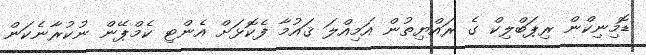
ޑޮމިނިކްން ރިޕަބްލިކް ގެ ރައްޔިތުން އަމިއްލަ ޤައުމާ ފެކޮޅަށް އެންޓި ކެމްޕޭން ނުކުރާނެކަން